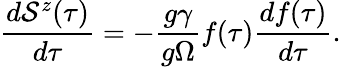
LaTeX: \frac{d\mathcal{S}^{z}(\tau)}{d\tau}=-\frac{g\gamma}{g\Omega}f(\tau)\frac{df(\tau)}{d\tau}.